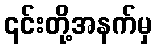
၎င်းတို့အနက်မှ